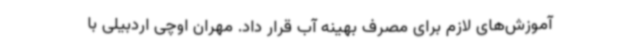
آموزش‌های لازم برای مصرف بهینه آب قرار داد. مهران اوچی اردبیلی با